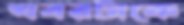
খবরটাকে